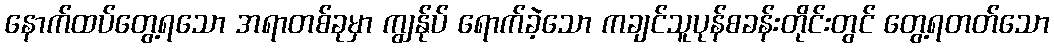
နောက်ထပ်တွေ့ရသော အရာတစ်ခုမှာ ကျွန်ုပ် ရောက်ခဲ့သော ကချင်သူပုန်စခန်းတိုင်းတွင် တွေ့ရတတ်သော